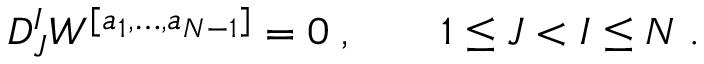
D _ { J } ^ { I } W ^ { [ a _ { 1 } , \ldots , a _ { N - 1 } ] } = 0 \; , \qquad 1 \leq J < I \leq N \; .